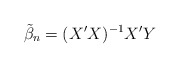
\begin{align*}\tilde{\beta}_n = (X'X)^{-1}X'Y\end{align*}